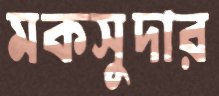
মকসুদার